Indian journal of veterinary science and animal husbandry - Volume 6,
Year: 1936
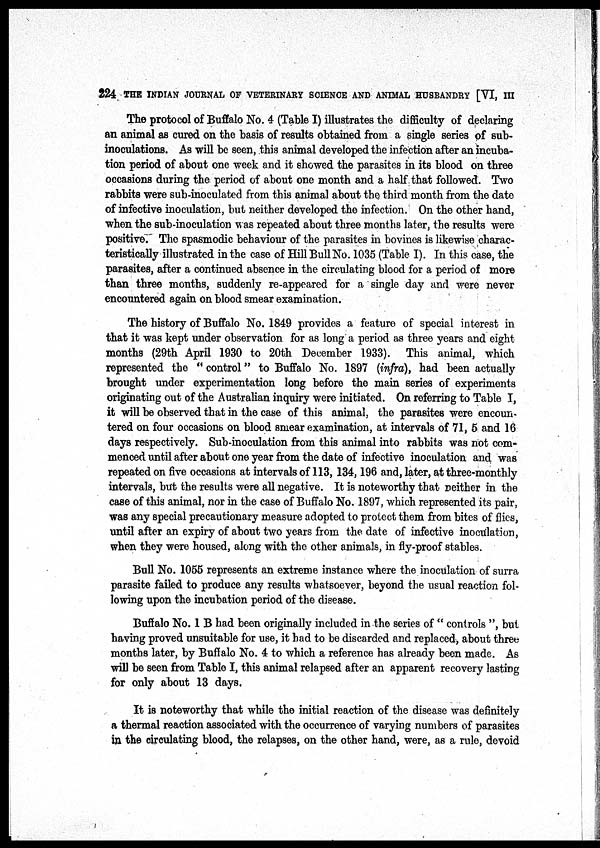
224 THE INDIAN JOURNAL OF VETERINARY SCIENCE AND ANIMAL HUSBANDRY [VI, III
The protocol of Buffalo No. 4 (Table I) illustrates the difficulty of declaring
an animal as cured on the basis of results obtained from a single series of sub-
inoculations. As will be seen, this animal developed the infection after an incuba-
tion period of about one week and it showed the parasites in its blood on three
occasions during the period of about one month and a half that followed. Two
rabbits were sub-inoculated from this animal about the third month from the date
of infective inoculation, but neither developed the infection. On the other hand,
when the sub-inoculation was repeated about three months later, the results were
positive. The spasmodic behaviour of the parasites in bovines is likewise charac-
teristically illustrated in the case of Hill Bull No. 1035 (Table I). In this case, the
parasites, after a continued absence in the circulating blood for a period of more
than three months, suddenly re-appeared for a single day and were never
encountered again on blood smear examination.
The history of Buffalo No. 1849 provides a feature of special interest in
that it was kept under observation for as long a period as three years and eight
months (29th April 1930 to 20th December 1933). This animal, which
represented the " control" to Buffalo No. 1897 (infra), had been actually
brought under experimentation long before the main series of experiments
originating out of the Australian inquiry were initiated. On referring to Table I,
it will be observed that in the case of this animal, the parasites were encoun-
tered on four occasions on blood smear examination, at intervals of 71, 5 and 16
days respectively. Sub-inoculation from this animal into rabbits was not com-
menced until after about one year from the date of infective inoculation and was
repeated on five occasions at intervals of 113, 134, 196 and, later, at three-monthly
intervals, but the results were all negative. It is noteworthy that neither in the
case of this animal, nor in the case of Buffalo No. 1897, which represented its pair,
was any special precautionary measure adopted to protect them from bites of flies,
until after an expiry of about two years from the date of infective inoculation,
when they were housed, along with the other animals, in fly-proof stables.
Bull No. 1055 represents an extreme instance where the inoculation of surra
parasite failed to produce any results whatsoever, beyond the usual reaction fol-
lowing upon the incubation period of the disease.
Buffalo No. 1 B had been originally included in the series of " controls ", but
having proved unsuitable for use, it bad to be discarded and replaced, about three
months later, by Buffalo No. 4 to which a reference has already been made. As
will be seen from Table I, this animal relapsed after an apparent recovery lasting
for only about 13 days.
It is noteworthy that while the initial reaction of the disease was definitely
a thermal reaction associated with the occurrence of varying numbers of parasites
in the circulating blood, the relapses, on the other hand, were, as a rule, devoid